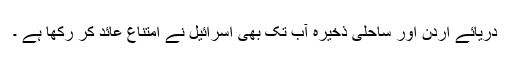
دریائے اردن اور ساحلی ذخیرہ آب تک بھی اسرائیل نے امتناع عائد کر رکھا ہے ۔